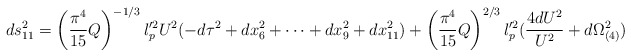
\begin{align*}ds_{11}^2 = \left( \frac{\pi^4}{15} Q \right)^{-1/3} l_p^{\prime 2} U^2 (-d \tau^2 + dx_6^2 + \cdots + dx_9^2 + dx_{11}^2 ) + \left( \frac{\pi^4}{15} Q \right)^{2/3} l_p^{\prime 2 } ( \frac{4 dU^2}{U^2} + d \Omega_{(4)}^2 )\end{align*}